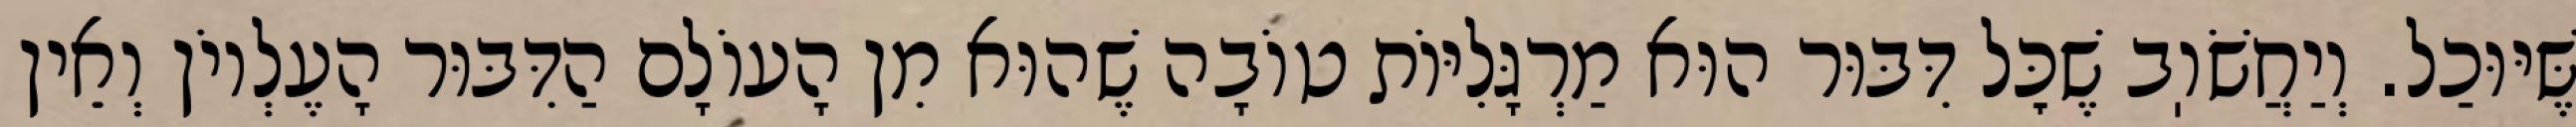
שֶּׁיּוּכַל. וְיַחֲשֹׁוֽב שֶׁכׇּל דִּבּוּר הוּא מַרְגָּלִיּוֹת טוֹבָה שֶׁהוּא מִן הָעוֹלָם הַדִּבּוּר הָעֶלְיוֹן וְאֵין